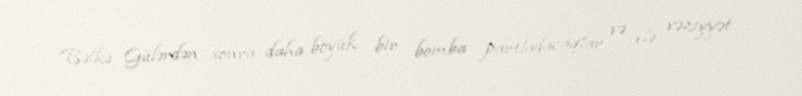
Bəlkə Gülərdən sonra daha böyük bir bomba partladacaqlar və elə vəziyyət